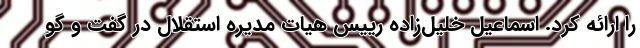
را ارائه کرد. اسماعیل خلیل‌زاده رییس هیات مدیره استقلال در گفت و گو